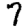
Digit: 7